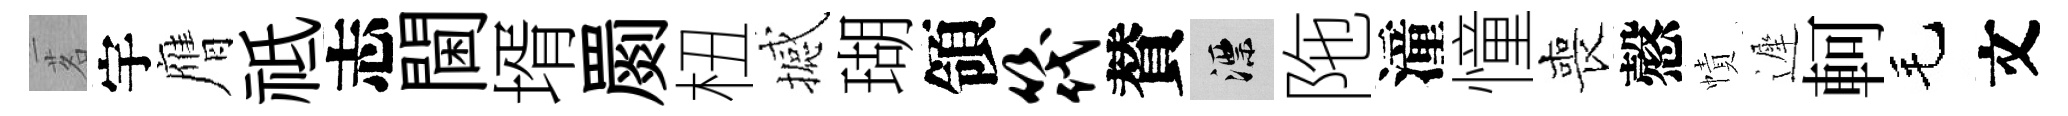
茗宇膺祗志閫壻罽杻撼瑚領筏賛漂陁潼憧喪慤幘遲軻毛文